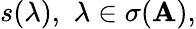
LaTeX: s(\lambda),\, \, \lambda\in\sigma(\mathbf{A}),